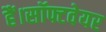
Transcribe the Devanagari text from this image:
हैं।सॉफ्टवेयर